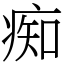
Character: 痴